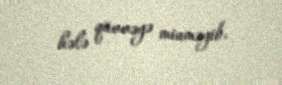
hələ qüvvəyə minməyib.